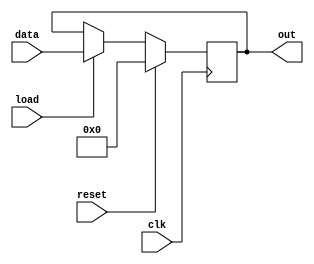
module reg_file(
    input clk,
    input reset,
    input load,
    input [31:0] data,
    output [31:0] out
    );
	
	reg [31:0] out;
	always@(posedge clk)
	begin
	if(reset == 1'b1) begin
		out <= 0;
	end else if(load == 1'b1) begin
		out <= data;
	end else begin
		out <= out;
	end
	end

endmodule